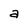
Character: a